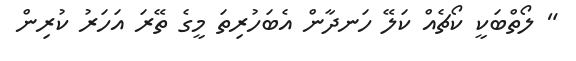
" ލޯތްބަކީ ކޯޗެއް ކަލޭ ހަނދާން އެބަހުރިތަ މީގެ ތޭރަ އަހަރު ކުރިން